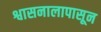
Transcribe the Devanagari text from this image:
श्वासनालापासून